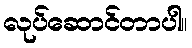
လုပ်ဆောင်တာပါ။